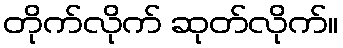
တိုက်လိုက် ဆုတ်လိုက်။